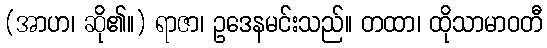
(အာဟ၊ ဆို၏။) ရာဇာ၊ ဥဒေနမင်းသည်။ တထာ၊ ထိုသာမာဝတီ